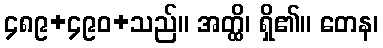
၄၈၉+၄၉၀+သည်။ အတ္ထိ၊ ရှိ၏။ တေန၊